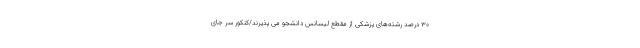
۳۰ درصد رشته‌های پزشکی از مقطع لیسانس دانشجو می پذیرند/کنکور سر جای